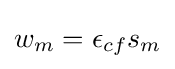
{w}_{m}=\epsilon _{cf}s_{m}